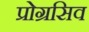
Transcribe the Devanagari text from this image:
प्रोग्रसिव